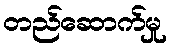
တည်ဆောက်မှု